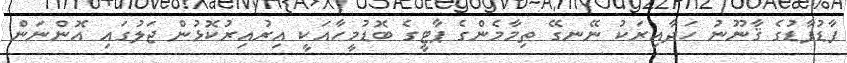
ފާޑުފާޑުގެ ޤާނޫނު ހަދާއިރަކު ނޭނގޭ ތިމާމެންގެ ޕާޓީގެ ބޮޑުމީހާއަކީ އިރުއިރުކޮޅުން ޖަލުގައި އޮންނަން